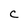
Character: C